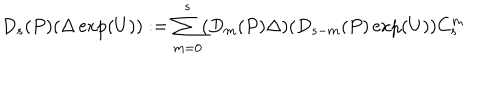
LaTeX: D _ { s } ( P ) ( \Delta \exp ( U ) ) : = \sum _ { m = 0 } ^ { s } ( D _ { m } ( P ) \Delta ) ( D _ { s - m } ( P ) \exp ( U ) ) C _ { s } ^ { m }